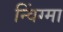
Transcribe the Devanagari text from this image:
न्विंग्मा